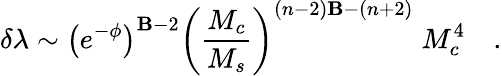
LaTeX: \delta\lambda\sim\left(e^{-\phi}\right)^{\mathbf{B}-2}\left({\frac{{M_{c}}}{{M_{s}}}}\right)^{(n-2)\mathbf{B}-(n+2)}\; M_{c}^{4}\quad.